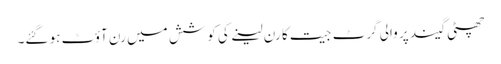
چھٹی گیند پر والی گرٹ جیت کا رن لینے کی کوشش میں رن آؤٹ ہو گئے۔